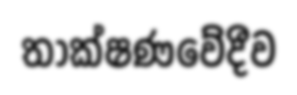
තාක්ෂණවේදීව